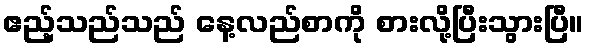
ဧည့်သည်သည် နေ့လည်စာကို စားလို့ပြီးသွားပြီ။